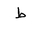
Letter: _da